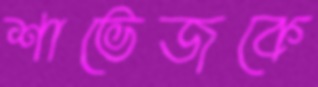
শাভেজকে